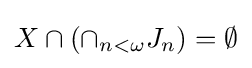
X\cap (\cap _{n<\omega }J_{n})=\emptyset